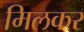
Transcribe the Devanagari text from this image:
मिलकर